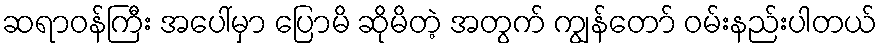
ဆရာဝန်ကြီး အပေါ်မှာ ပြောမိ ဆိုမိတဲ့ အတွက် ကျွန်တော် ဝမ်းနည်းပါတယ်